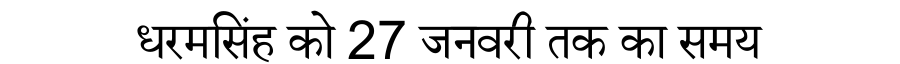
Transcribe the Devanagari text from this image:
धरमसिंह को 27 जनवरी तक का समय